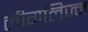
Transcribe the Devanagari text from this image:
लीगलिज्म